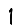
Digit: 1